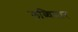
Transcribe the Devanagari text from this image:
लब्धिसार